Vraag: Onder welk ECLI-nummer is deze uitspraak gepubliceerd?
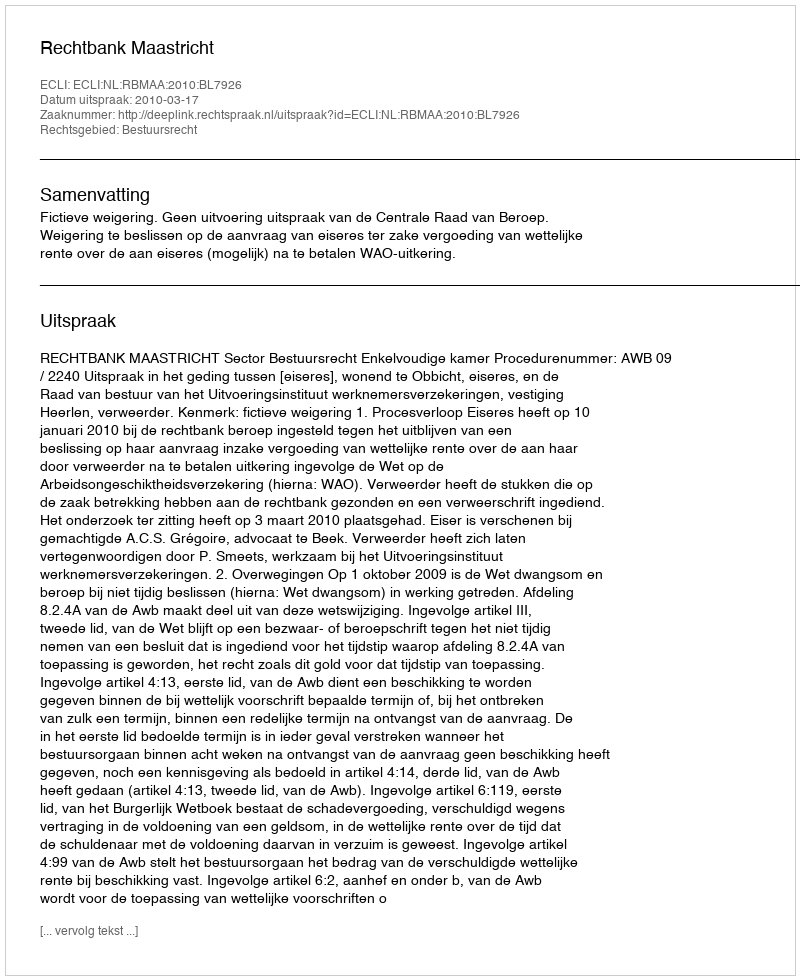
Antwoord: ECLI:NL:RBMAA:2010:BL7926